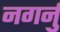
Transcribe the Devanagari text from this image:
नगर्नु